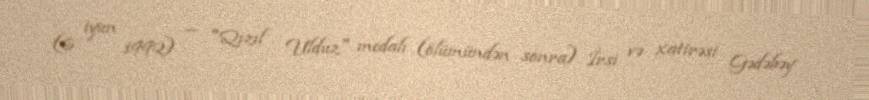
(6 iyun 1992) — "Qızıl Ulduz" medalı (ölümündən sonra) İrsi və xatirəsi Gədəbəy